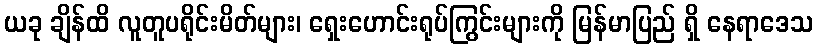
ယခု ချိန်ထိ လူတူပရိုင်းမိတ်များ၊ ရှေးဟောင်းရုပ်ကြွင်းများကို မြန်မာပြည် ရှိ နေရာဒေသ